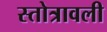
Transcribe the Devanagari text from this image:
स्तोत्रावली